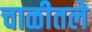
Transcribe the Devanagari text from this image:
चाळीतले